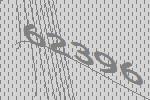
62396